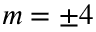
m = \pm 4